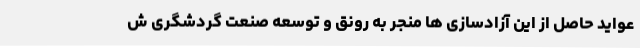
عواید حاصل از این آزادسازی ها منجر به رونق و توسعه صنعت گردشگری ش